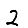
Digit: 2